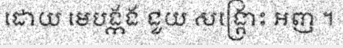
ដោយ មេបង្កង ជួយ សង្គ្រោះ អញ ។